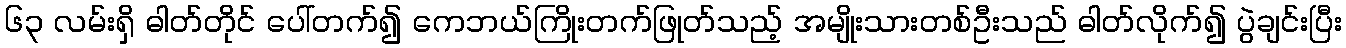
၆၃ လမ်းရှိ ဓါတ်တိုင် ပေါ်တက်၍ ကေဘယ်ကြိုးတက်ဖြုတ်သည့် အမျိုးသားတစ်ဦးသည် ဓါတ်လိုက်၍ ပွဲချင်းပြီး